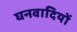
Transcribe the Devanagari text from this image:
घनवादियों